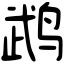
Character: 鹉